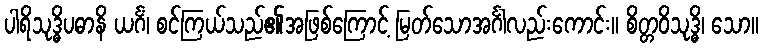
ပါရိသုဒ္ဓိပဓာနိ ယင်္ဂံ၊ စင်ကြယ်သည်၏အဖြစ်ကြောင့် မြတ်သောအင်္ဂါလည်းကောင်း။ စိတ္တဝိသုဒ္ဓိ၊ သော။